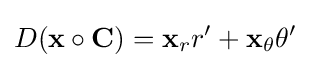
D(\mathbf {x} \circ \mathbf {C} )=\mathbf {x} _{r}r'+\mathbf {x} _{\theta }\theta '